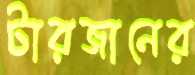
টারজানের